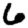
Digit: 6